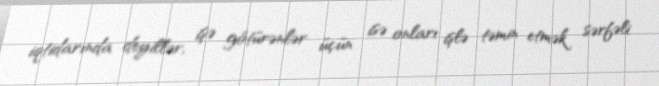
iqtidarında deyillər, işə götürənlər üçün isə onları işlə təmin etmək sərfəli